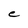
Character: C